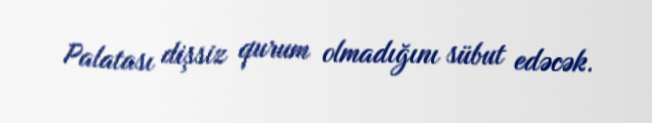
Palatası dişsiz qurum olmadığını sübut edəcək.